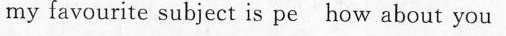
my favourite subject is pe how about you